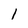
Character: 1